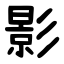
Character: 影